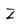
Character: Z